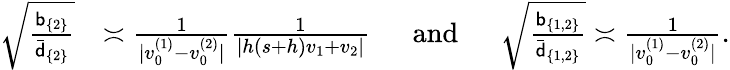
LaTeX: \begin{array}{rl}{\sqrt{\frac{\mathsf{b}_{\{ 2\} }}{\bar{\mathsf{d}}_{\{ 2\} }}}}&{\asymp\frac{1}{|v_{0}^{(1)}-v_{0}^{(2)}|}\frac{1}{|h(s+h)v_{1}+v_{2}|}~~~~~~\mathrm{and}~~~~~~\sqrt{\frac{\mathsf{b}_{\{ 1,2\} }}{\bar{\mathsf{d}}_{\{ 1,2\} }}}\asymp\frac{1}{|v_{0}^{(1)}-v_{0}^{(2)}|}.}\end{array}